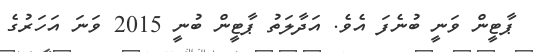
ޕާޓީން ވަނީ ބުނެފަ އެވެ. އަދާލަތު ޕާޓީން ބުނީ 2015 ވަނަ އަހަރުގެ